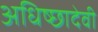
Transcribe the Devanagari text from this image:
अधिष्छादेवी